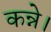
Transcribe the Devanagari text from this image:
कन्ने।